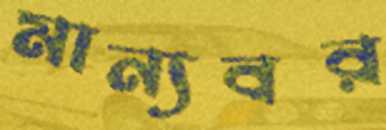
মান্যবর